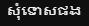
សុំទោសផង